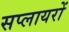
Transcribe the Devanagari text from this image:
सप्लायरों